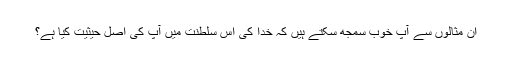
ان مثالوں سے آپ خوب سمجھ سکتے ہیں کہ خدا کی اس سلطنت میں آپ کی اصل حیثیت کیا ہے؟